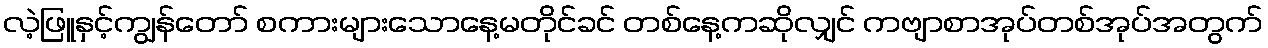
လဲ့ဖြူနှင့်ကျွန်တော် စကားများသောနေ့မတိုင်ခင် တစ်နေ့ကဆိုလျှင် ကဗျာစာအုပ်တစ်အုပ်အတွက်